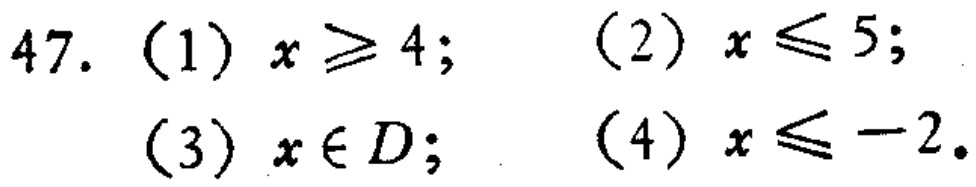
47. (1) \(x\geq4\); (2) \(x\leq5\); (3) \(x\in D\); (4) \(x\leq - 2\).